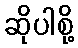
ဆိုပါစို့